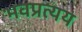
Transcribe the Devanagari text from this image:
भवप्रत्यय